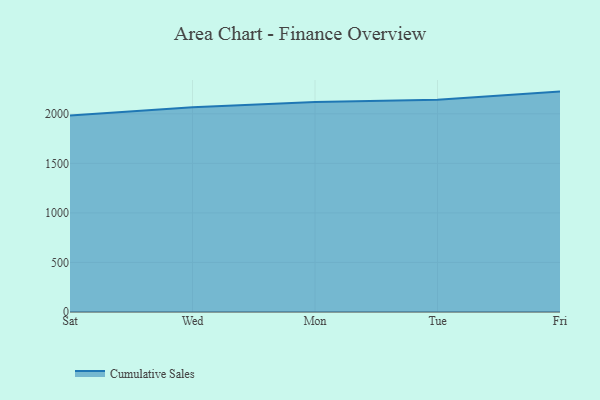
{"axis": {"x": "Day", "y": "Gross Profit (USD K)"}, "legend": ["Cumulative Sales"], "data": [{"x": "Sat", "y": 1983.0, "type": "Cumulative Sales"}, {"x": "Wed", "y": 2066.2, "type": "Cumulative Sales"}, {"x": "Mon", "y": 2119.1, "type": "Cumulative Sales"}, {"x": "Tue", "y": 2141.6, "type": "Cumulative Sales"}, {"x": "Fri", "y": 2224.0, "type": "Cumulative Sales"}]}